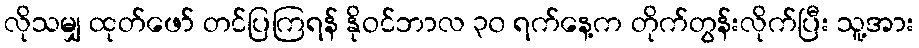
လိုသမျှ ထုတ်ဖော် တင်ပြကြရန် နိုဝင်ဘာလ ၃၀ ရက်နေ့က တိုက်တွန်းလိုက်ပြီး သူ့အား